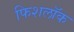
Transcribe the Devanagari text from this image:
फिशलॉक